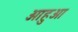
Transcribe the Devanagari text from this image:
आहुआ